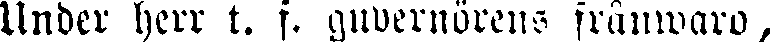
Under herr t. f. guvernörens frånwaro,